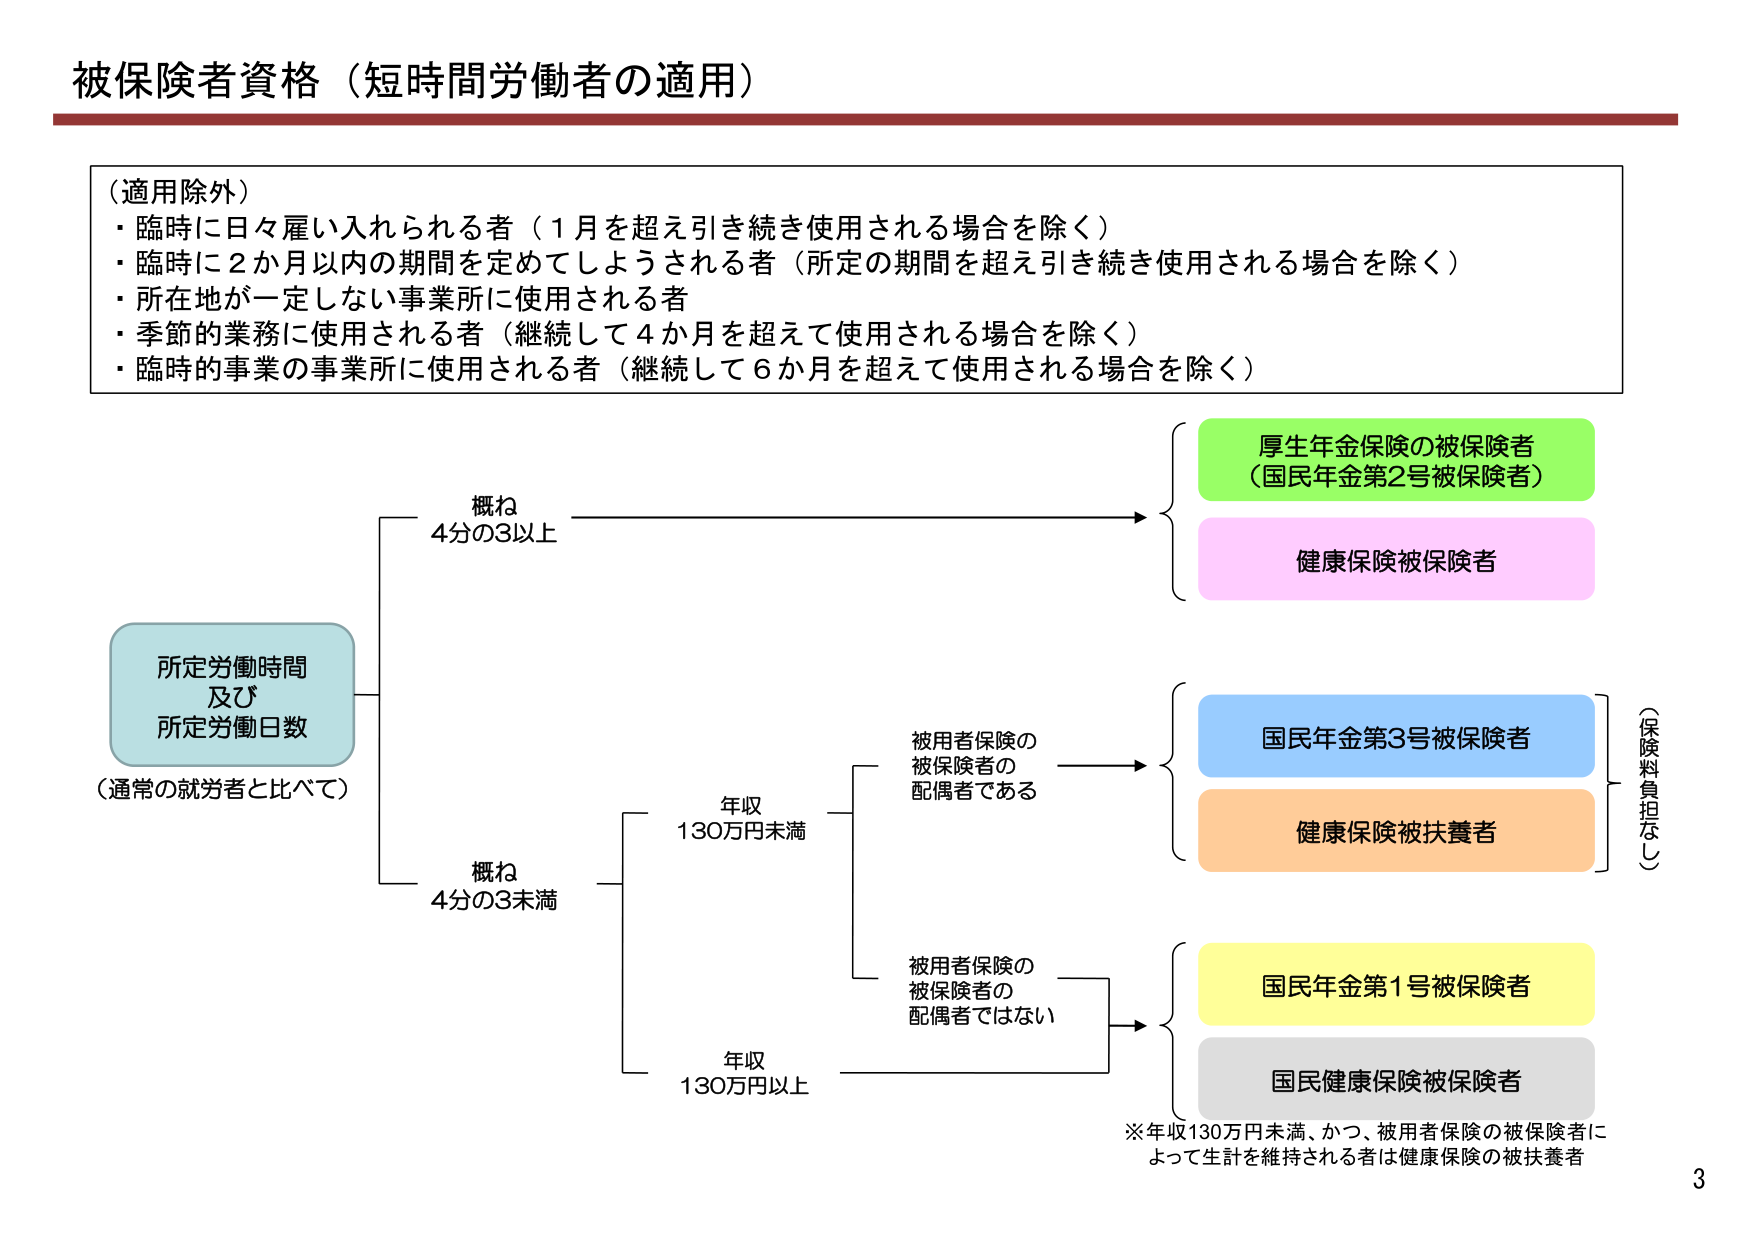
被保険者資格（短時間労働者の適用）

（適用除外）
・臨時に日々雇い入れられる者（1月を超え引き続き使用される場合を除く）
・臨時に2か月以内の期間を定めてしまうされる者（所定の期間を超え引き続き使用される場合を除く）
・所在地が一定しない事業所に使用される者
・季節的業務に使用される者（継続して4か月を超えて使用される場合を除く）
・臨時の事業の事業所に使用される者（継続して6か月を超えて使用される場合を除く）

所定労働時間
及び
所定労働日数
（通常の就労者と比べて）

概ね
4分の3以上

厚生年金保険の被保険者
（国民年金第2号被保険者）

健康保険被保険者

概ね
4分の3未満

年収
130万円未満

被用者保険の
被保険者の
配偶者である

国民年金第3号被保険者

健康保険被扶養者

（保険料負担なし）

年収
130万円以上

被用者保険の
被保険者の
配偶者ではない

国民年金第1号被保険者

国民健康保険被保険者

※年収130万円未満、かつ、被用者保険の被保険者によって生計を維持される者は健康保険の被扶養者

3